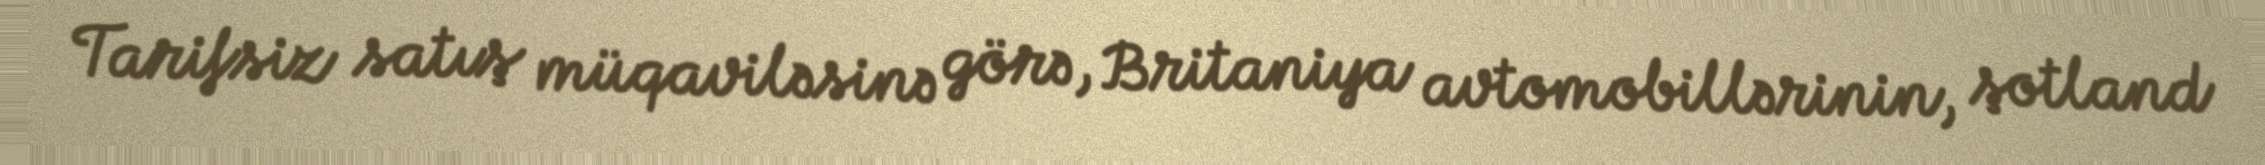
Tarifsiz satış müqaviləsinə görə, Britaniya avtomobillərinin, şotland